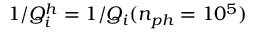
1 / Q _ { i } ^ { h } = 1 / Q _ { i } ( n _ { p h } = 1 0 ^ { 5 } )